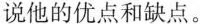
说他的优点和缺点。